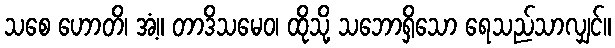
သစေ ဟောတိ၊ အံ့။ တာဒိသမေဝ၊ ထိုသို့ သဘောရှိသော ရေသည်သာလျှင်။